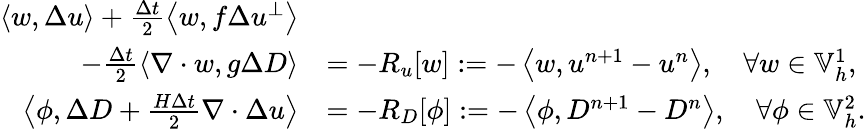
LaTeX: \begin{array}{rl}{\left\langle w,\Delta u\right\rangle+\frac{\Delta t}{2}\left\langle w,f\Delta u^{\perp}\right\rangle}&{}\\ {\qquad-\frac{\Delta t}{2}\left\langle\nabla\cdot w,g\Delta D\right\rangle}&{=-R_{u}[w]:=-\left\langle w,u^{n+1}-u^{n}\right\rangle,\quad\forall w\in\mathbb{V}_{h}^{1},}\\ {\left\langle\phi,\Delta D+\frac{H\Delta t}{2}\nabla\cdot\Delta u\right\rangle}&{=-R_{D}[\phi]:=-\left\langle\phi,D^{n+1}-D^{n}\right\rangle,\quad\forall\phi\in\mathbb{V}_{h}^{2}.}\end{array}